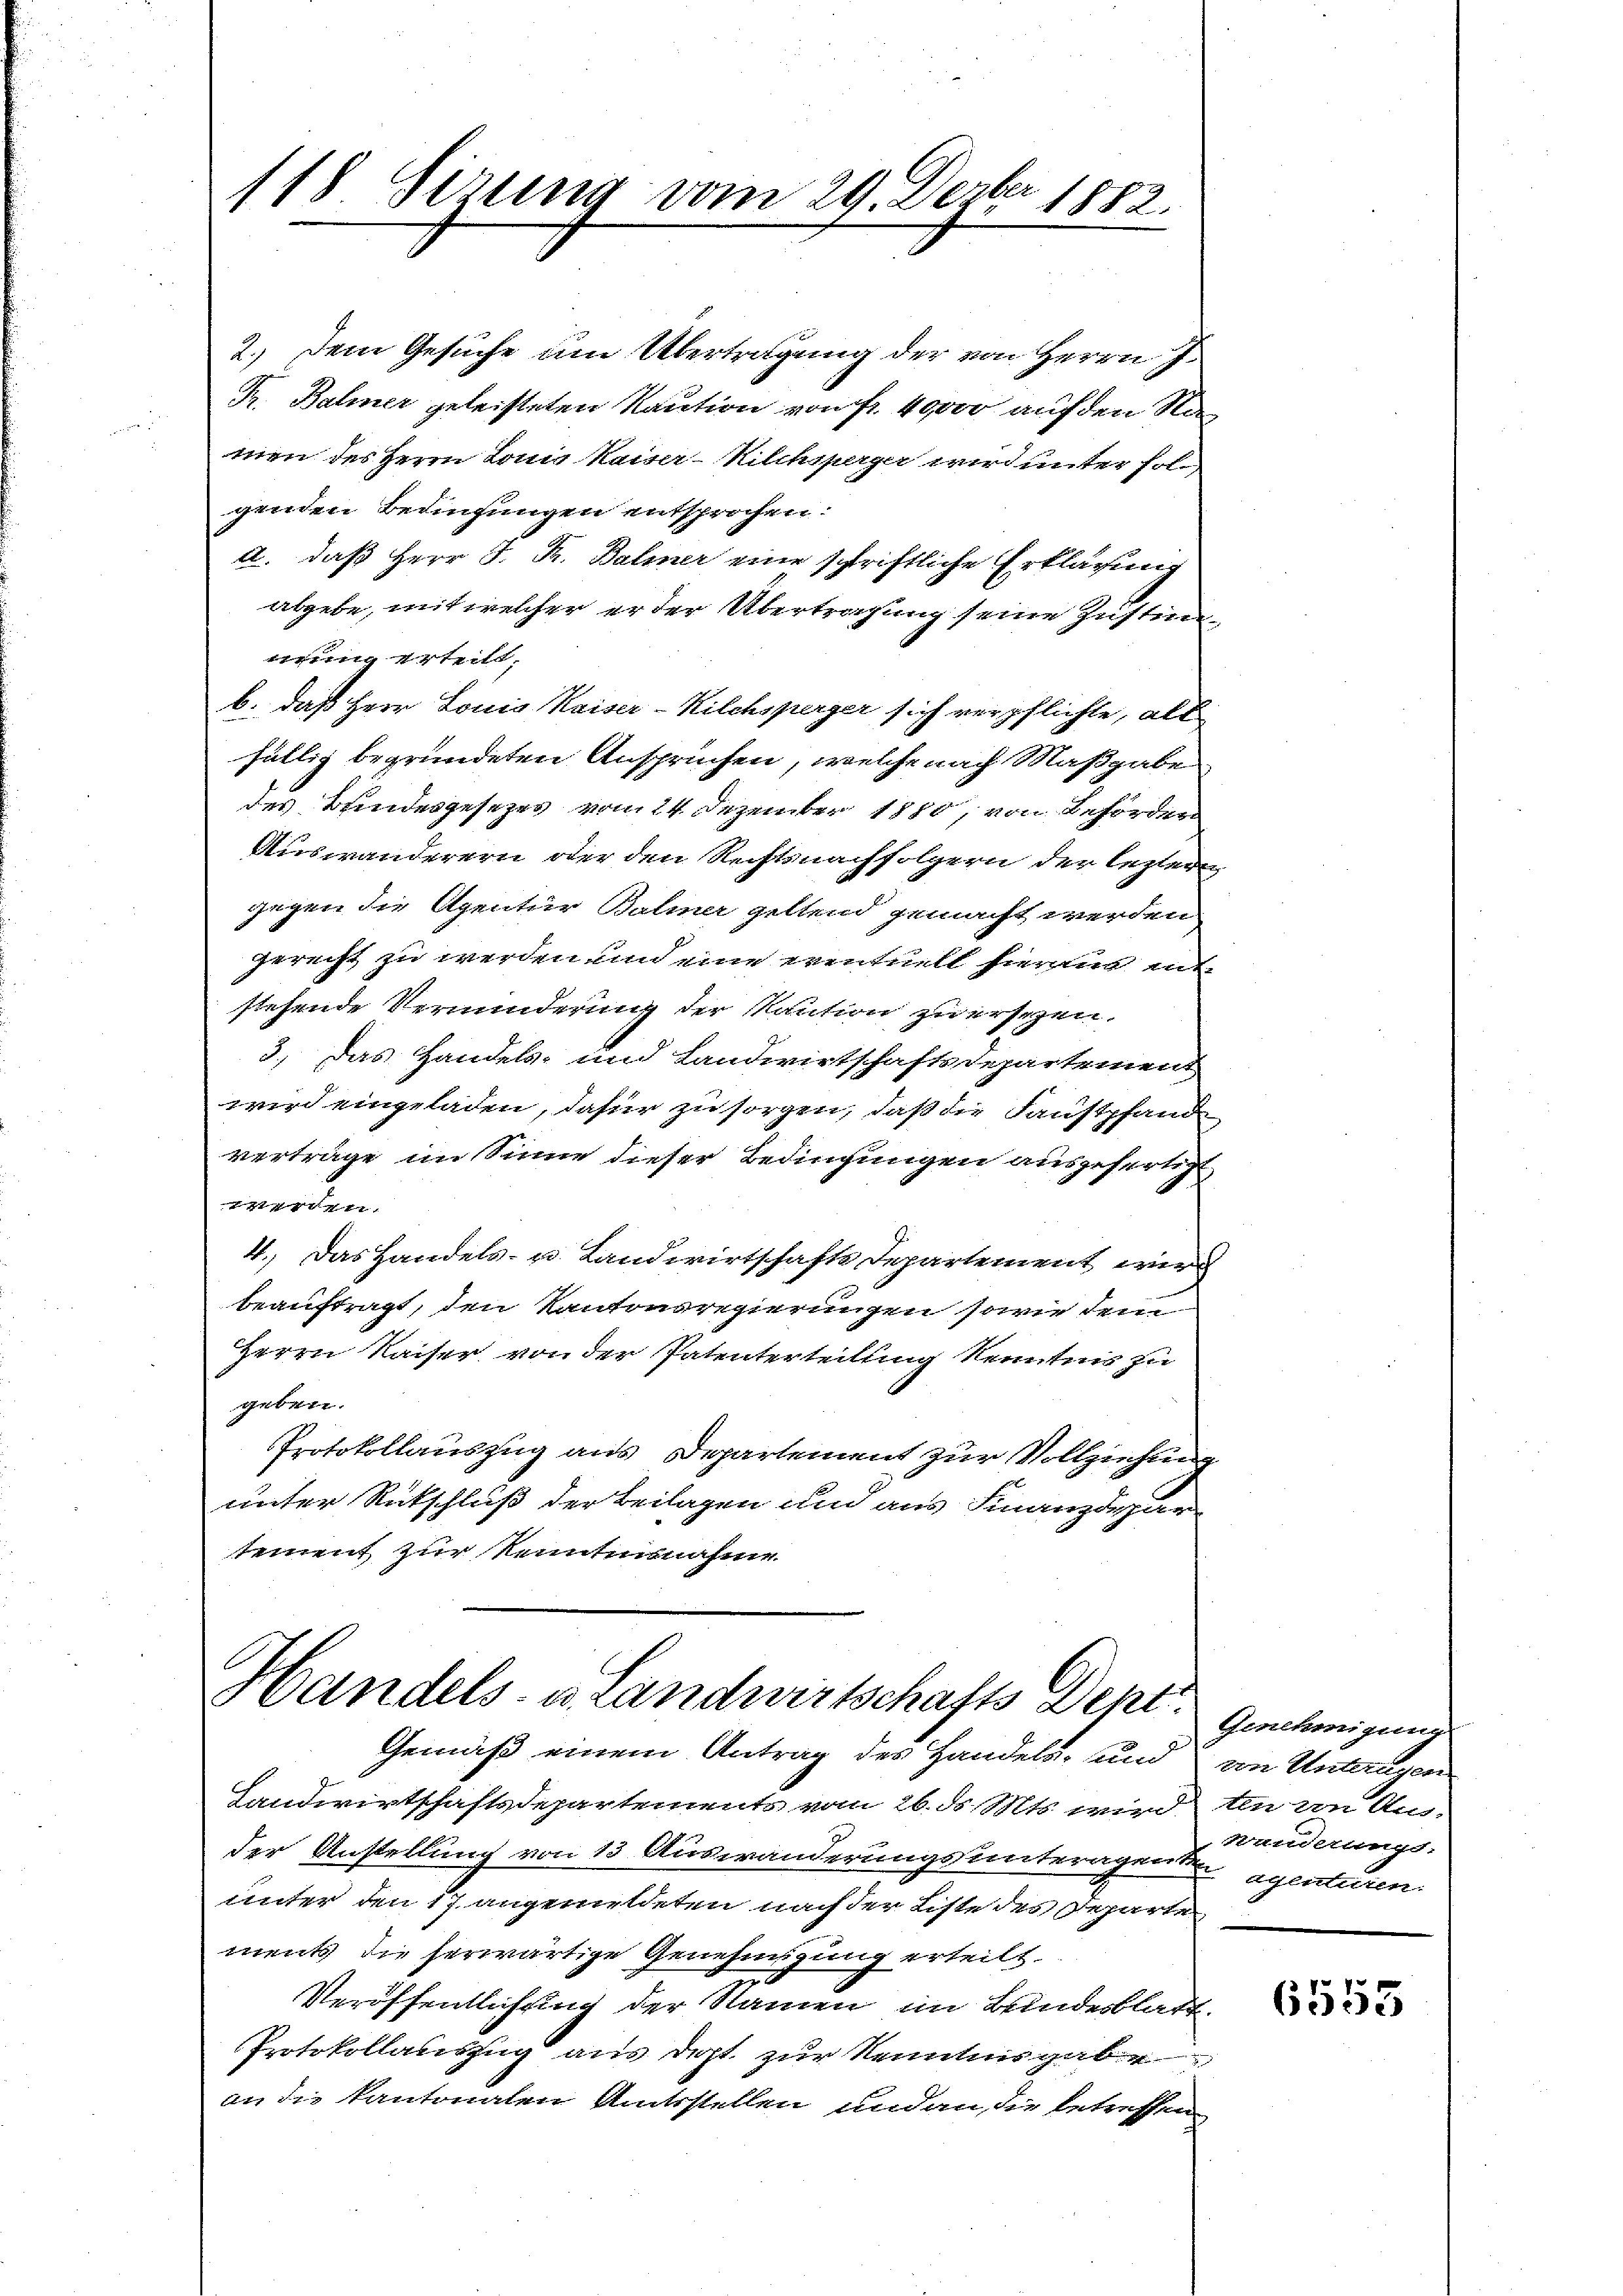
118. Sirung vom 29. Dezbr 1882.

2.) Dem Gesuche um Übertragung der von Herrn J.
K. Balmer geleisteten Kaution von fr. 40000 auf den Na
men des Herrn Louis Kaiser-Kilchsperger wird unter fol,
genden Bedingungen entsprochen:
a. daß Herr J. K. Balmer eine schriftliche Erklärung
abgebe, mit welcher er der Übertragung seine Zustim
eung erteilt.
b. daß Herr Louis Kaiser-Kilchsperger sich verpflichte, als
fällig begründeten Anspruchen, welche nach Maßgabe
des Bundesgesezes vom 24. Dezember 1810, von Beförder
Auswanderern oder den Rechtsnachfolgern der leztern
gegen die Agentur Balmer geltend gemacht werden
gerecht zu werden und eine eventuell hieraus mit
stehende Verminderung der Kaution zu ersehen.
3.) Das Handels- und Landwirtschaftsdepartement
wird eingeladen, dafür zu sorgen, daß die Faustpfand
verträge im Sinne dieser Bedingungen ausgefertigt
tyrern
4.) Das Handels- u. Landwirtschafts Departement wird
beauftragt, den Kantonsregierungen sowie dem
Herrn Kaiser von der Patenterteilung kenntnis zu
geben.
Protokollauszug aus Departement zur Vollziehung
unter Rückschluß der Beilagen und aus Finanzdepartement zur Kenntnisnahme

Handels- u. Landwirtschafts Dept.
Gemäß einem Antrag des Handels- und

Landwirtschaftsdepartements vom 26. ds. Mts. wird
der Anstellung von 13 Auswänderungs unteragen
unter den 17. angemeldeten nach der Liste des Departe
ments die herwärtige Genehmigung erteilt.
Veröffentlichung der Namen im Bindesblatt.
Protokollauszug aus dest zur Kenntnisgabe
an die kantonalen Unterstellen und an die betreffen

Genehmigung
von Unterngen
ten von Aus-
Handerungs-
Agentuten.

6555